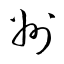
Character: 州